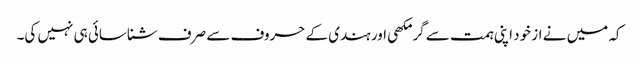
کہ میں نے از خود اپنی ہمت سے گرمکھی اور ہندی کے حروف سے صرف شناسائی ہی نہیں کی۔